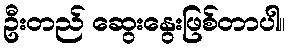
ဦးတည် ဆွေးနွေးဖြစ်တာပါ။